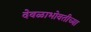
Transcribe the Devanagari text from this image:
देवळाभोवतीच्या